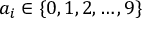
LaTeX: a _ { i } \in \{ 0 , 1 , 2 , \ldots , 9 \}